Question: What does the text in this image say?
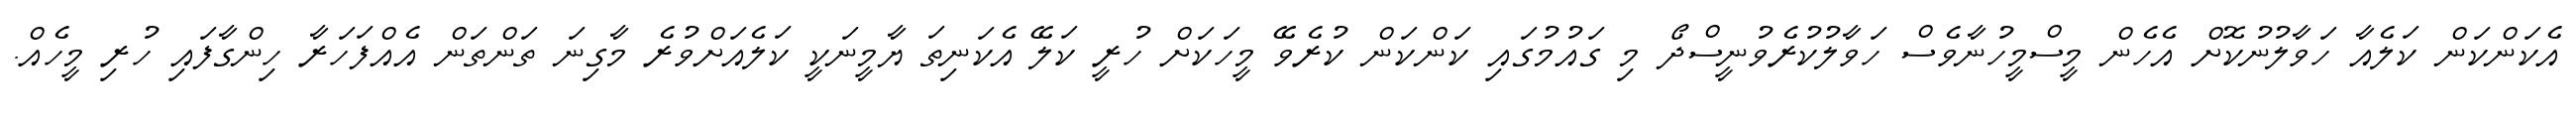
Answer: އެކަންކަން ކަލެއާ ހަވާލުނުކޮށް އެހެން މީސްމީހުނާވެސް ހަވާލުކުރެވުނީސްދޯ މި ގައުމުގައި ކަންކަން ކުރެވޭ މީހަކަށް ހުރީ ކަލޭ އެކަނިތަ ޔާމީނަކީ ކަލެއަށްވުރެ މާގިނަ ތަންތަން އެއްފަހަރާ ހިންގާފައި ހުރި މީހެއް.